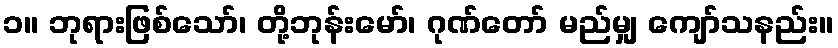
၁။ ဘုရားဖြစ်သော်၊ တို့ဘုန်းမော်၊ ဂုဏ်တော် မည်မျှ ကျော်သနည်း။